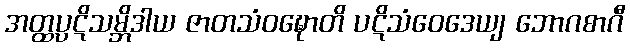
အတ္ထပ္ပဋိသမ္ဘိဒါယ ဇာတသံဝဍ္ဎောတိ ပဋိသံဝေဒေယျ ဘောဂစာဂီ